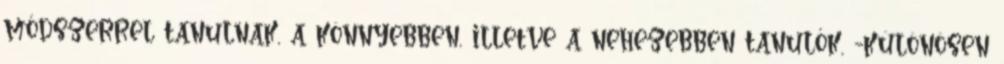
módszerrel tanulnak, a könnyebben, illetve a nehezebben tanulók, -különösen